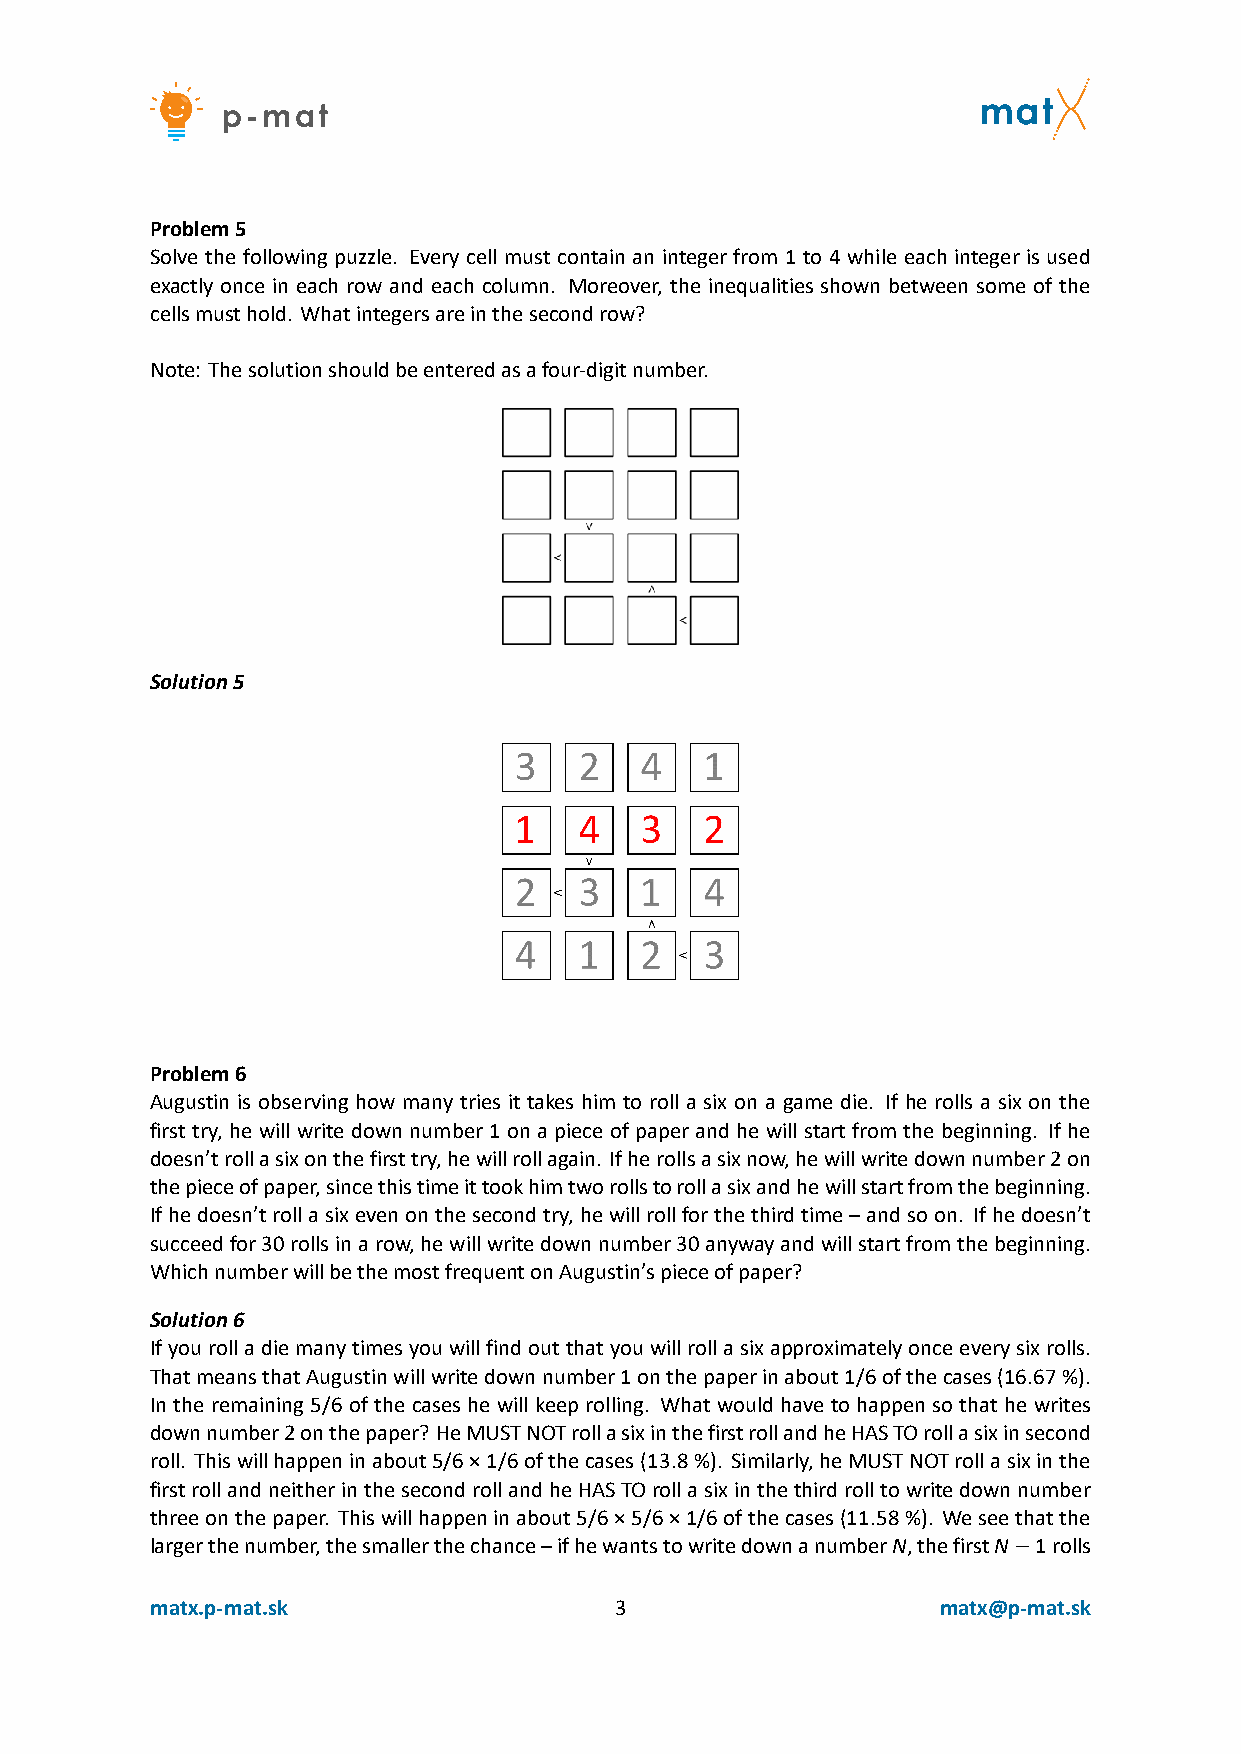
Problem5
 Solve the following puzzle. Every cell must contain an integer from 1 to 4 while each integer is used
 exactly once in each row and each column. Moreover, the inequalities shown between some of the
 cellsmusthold. Whatintegersareinthesecondrow?
 Note: Thesolutionshouldbeenteredasafour‐digitnumber.
 Solution5
 Problem6
 Augustin is observing how many tries it takes him to roll a six on a game die. If he rolls a six on the
 first try, he will write down number 1 on a piece of paper and he will start from the beginning. If he
 doesn’trollasixonthefirsttry,hewillrollagain. Ifherollsasixnow,hewillwritedownnumber2on
 thepieceofpaper,sincethistimeittookhimtworollstorollasixandhewillstartfromthebeginning.
 Ifhedoesn’trollasixevenonthesecondtry,hewillrollforthethirdtime–andsoon. Ifhedoesn’t
 succeedfor30rollsinarow,hewillwritedownnumber30anywayandwillstartfromthebeginning.
 WhichnumberwillbethemostfrequentonAugustin’spieceofpaper?
 Solution6
 Ifyourolladiemanytimesyouwillfindoutthatyouwillrollasixapproximatelyonceeverysixrolls.
 ThatmeansthatAugustinwillwritedownnumber1onthepaperinabout1/6ofthecases(16.67%).
 In the remaining 5/6 of the cases he will keep rolling. What would have to happen so that he writes
 downnumber2onthepaper? HeMUSTNOTrollasixinthefirstrollandheHASTOrollasixinsecond
 roll. Thiswillhappeninabout5/6×1/6ofthecases(13.8%). Similarly,heMUSTNOTrollasixinthe
 firstrollandneitherinthesecondrollandheHASTOrollasixinthethirdrolltowritedownnumber
 threeonthepaper. Thiswillhappeninabout5/6×5/6×1/6ofthecases(11.58%). Weseethatthe
 largerthenumber,thesmallerthechance–ifhewantstowritedownanumberN,thefirstN−1rolls
 matx.p‐mat.sk                  3                    matx@p‐mat.sk